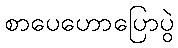
စာပေဟောပြောပွဲ